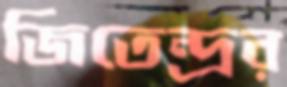
জিতেন্দ্রর